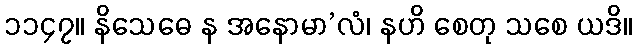
၁၁၄၇။ နိသေဓေ န အနောမာ’လံ၊ နဟိ စေတု သစေ ယဒိ။